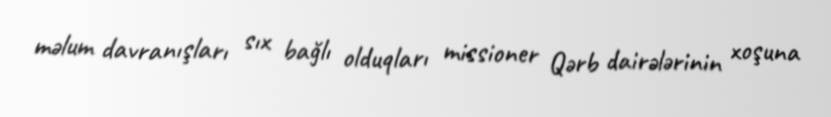
məlum davranışları sıx bağlı olduqları missioner Qərb dairələrinin xoşuna